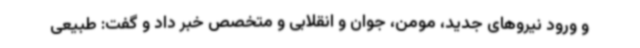
و ورود نیروهای جدید، مومن، جوان و انقلابی و متخصص خبر داد و گفت: طبیعی